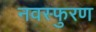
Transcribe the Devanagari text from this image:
नवस्फुरण